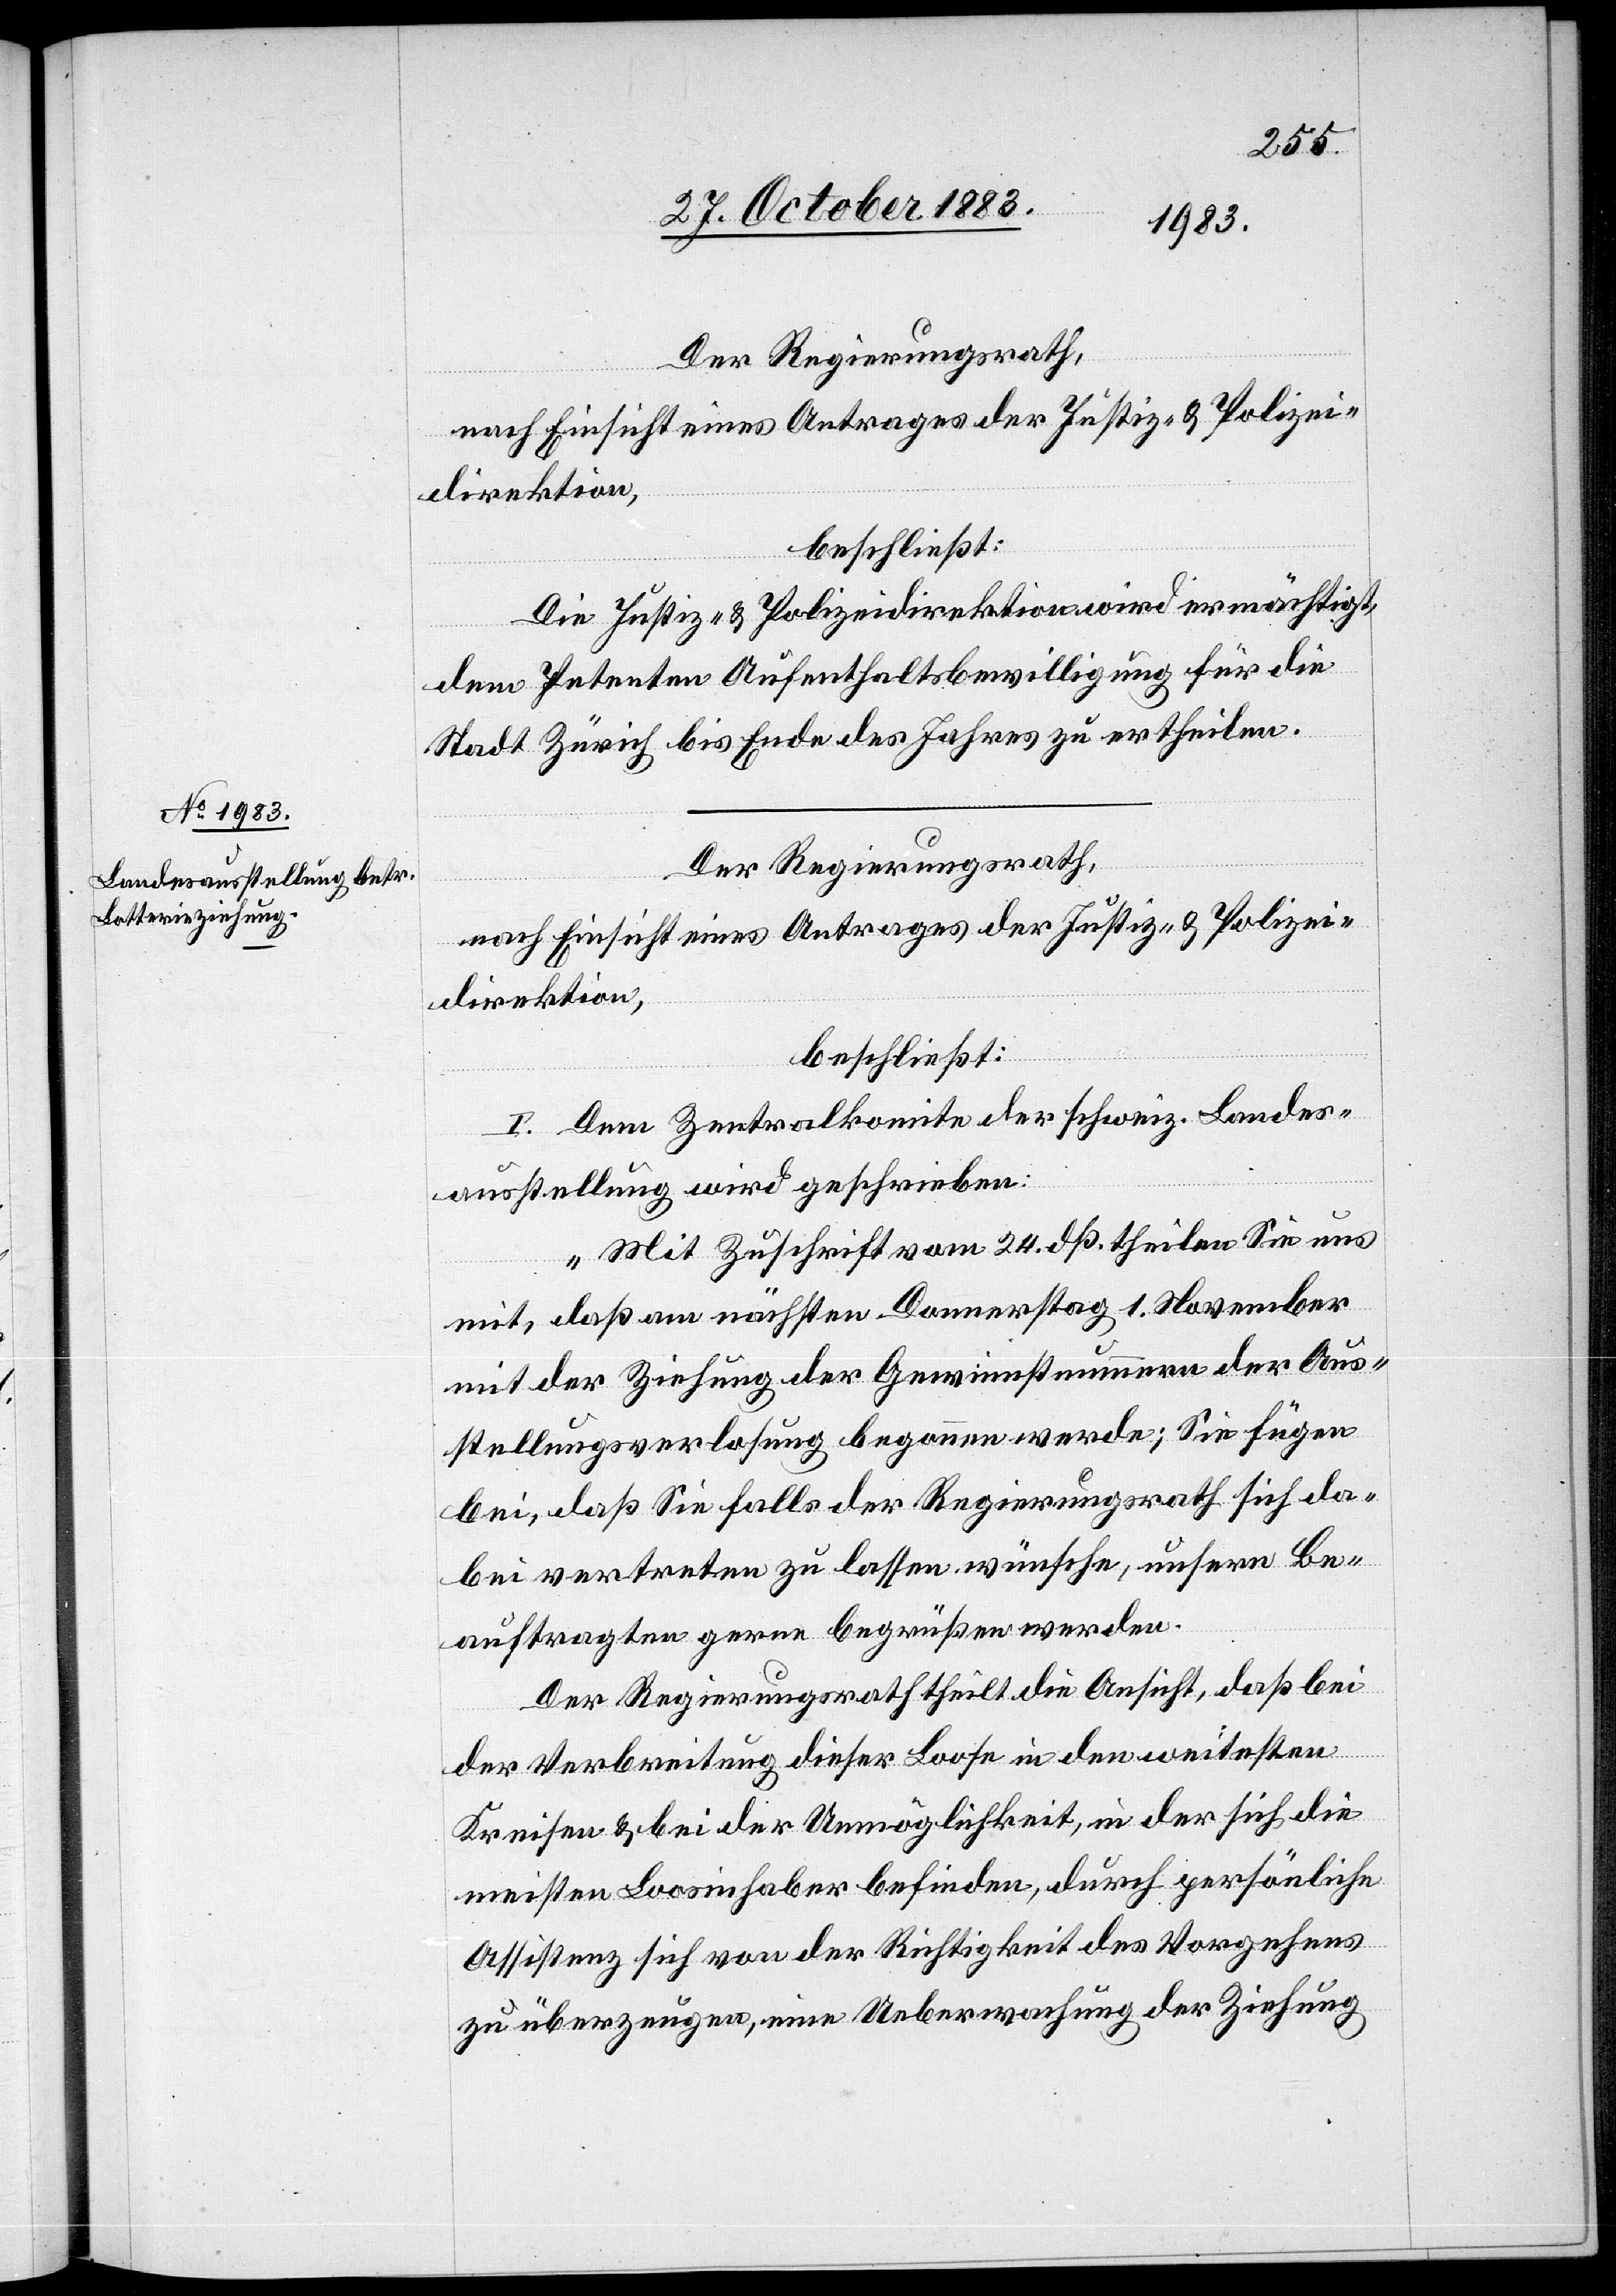
Der Regierungsrath,
nach Einsicht eines Antrages der Justiz- & Polizei¬
direktion,
beschließt:
Die Justiz- & Polizeidirektion wird ermächtigt,
dem Petenten Aufenthaltsbewilligung für die
Stadt Zürich bis Ende des Jahres zu ertheilen.
Der Regierungsrath,
nach Einsicht eines Antrages der Justiz- & Polizei¬
direktion,
beschließt:
I. Dem Zentralkomite der schweiz. Landes¬
ausstellung wird geschrieben:
„Mit Zuschrift vom 24. dß. theilen Sie uns
mit, daß am nächsten Donnerstag 1. November
mit der Ziehung der Gewinnsteuern der Aus¬
stellungsverlosung begonnen werde; Sie fügen
bei, daß Sie falls der Regierungsrath sich da¬
bei vertreten zu lassen wünsche, unsern Be¬
auftragten gerne begrüßen werden.
Der Regierungsrath theilt die Ansicht, daß bei
der Verbreitung dieser Loose in den weitesten
Kreisen & bei der Unmöglichkeit, in der sich die
meisten Loosinhaber befinden, durch persönliche
Assistenz sich von der Richtigkeit des Vorgehens
zu überzeugen, eine Ueberwachung der Ziehung